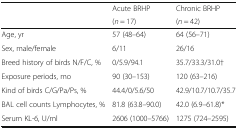
| <ROWSPAN=2>  | Acute BRHP | Chronic BRHP |
 | (n = 17) | (n = 42) |
 | --- | --- | --- |
 | Age, yr | 57 (48–64) | 64 (56–71) |
 | Sex, male/female | 6/11 | 26/16 |
 | Breed history of birds N/F/C, % | 0/5.9/94.1 | 35.7/33.3/31.0† |
 | Exposure periods, mo | 90 (30–153) | 120 (63–216) |
 | Kind of birds C/G/Pa/Ps, % | 44.4/0/5.6/50 | 42.9/10.7/10.7/35.7 |
 | BAL cell counts Lymphocytes, % | 81.8 (63.8–90.0) | 42.0 (6.9–61.8)* |
 | Serum KL-6, U/ml | 2606 (1000–5766) | 1275 (724–2595) |